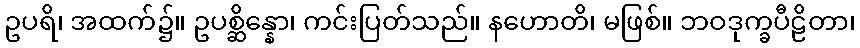
ဥပရိ၊ အထက်၌။ ဥပစ္ဆိန္နော၊ ကင်းပြတ်သည်။ နဟောတိ၊ မဖြစ်။ ဘဝဒုက္ခပီဠိတာ၊